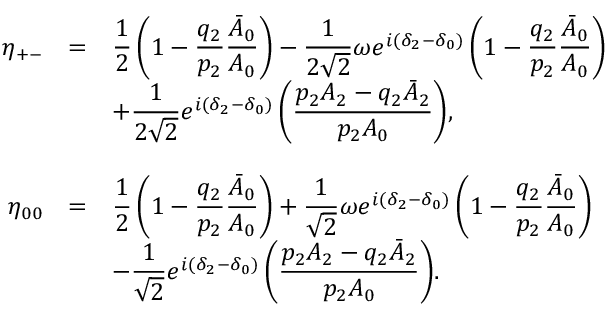
\begin{array} { r c l } { { \eta _ { + - } } } & { { = } } & { { \displaystyle { \frac { 1 } { 2 } \left( 1 - \frac { q _ { 2 } } { p _ { 2 } } \frac { \bar { A } _ { 0 } } { A _ { 0 } } \right) - \frac { 1 } { 2 \sqrt { 2 } } \omega e ^ { i ( \delta _ { 2 } - \delta _ { 0 } ) } \left( 1 - \frac { q _ { 2 } } { p _ { 2 } } \frac { \bar { A } _ { 0 } } { A _ { 0 } } \right) } } } \\ { { } } & { { } } & { { \displaystyle { + \frac { 1 } { 2 \sqrt { 2 } } e ^ { i ( \delta _ { 2 } - \delta _ { 0 } ) } \left( \frac { p _ { 2 } A _ { 2 } - q _ { 2 } \bar { A } _ { 2 } } { p _ { 2 } A _ { 0 } } \right) } , } } \\ { { } } & { { } } & { { } } \\ { { \eta _ { 0 0 } } } & { { = } } & { { \displaystyle { \frac { 1 } { 2 } \left( 1 - \frac { q _ { 2 } } { p _ { 2 } } \frac { \bar { A } _ { 0 } } { A _ { 0 } } \right) + \frac { 1 } { \sqrt { 2 } } \omega e ^ { i ( \delta _ { 2 } - \delta _ { 0 } ) } \left( 1 - \frac { q _ { 2 } } { p _ { 2 } } \frac { \bar { A } _ { 0 } } { A _ { 0 } } \right) } } } \\ { { } } & { { } } & { { \displaystyle { - \frac { 1 } { \sqrt { 2 } } e ^ { i ( \delta _ { 2 } - \delta _ { 0 } ) } \left( \frac { p _ { 2 } A _ { 2 } - q _ { 2 } \bar { A } _ { 2 } } { p _ { 2 } A _ { 0 } } \right) } . } } \end{array}